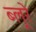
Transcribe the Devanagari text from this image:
ब्लूरे